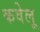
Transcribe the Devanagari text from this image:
कवेलू